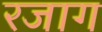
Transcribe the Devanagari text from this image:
रजाग